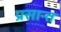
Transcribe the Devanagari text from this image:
प्रसान्त